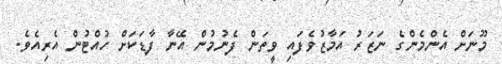
މޫނަށް އެންމެންގެ ނަޒަރު އަމާޒުވެފައި ވީތަން ފެނުމުން އޭނާ ފާޑަކަށް ހުއްޓުން އެރިއެވެ.